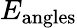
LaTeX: E_{\mathrm{angles}}